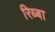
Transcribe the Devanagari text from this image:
रिब्बा